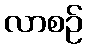
လာစဉ်